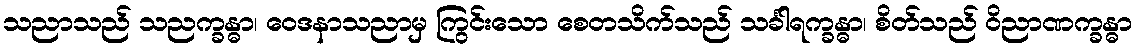
သညာသည် သညက္ခန္ဓာ၊ ဝေဒနာသညာမှ ကြွင်းသော စေတသိက်သည် သင်္ခါရက္ခန္ဓာ၊ စိတ်သည် ဝိညာဏက္ခန္ဓာ